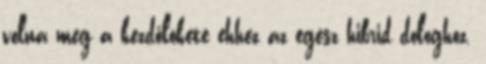
volna meg a kezdőlökete ehhez az egész hibrid dologhoz.